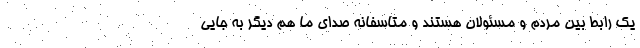
یک رابط بین مردم و مسئولان هستند و متاسفانه صدای ما هم دیگر به جایی